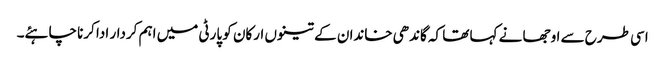
اسی طرح سے اوجھا نے کہا تھا کہ گاندھی خاندان کے تینوں ارکان کو پارٹی میں اہم کردار ادا کرنا چاہئے۔